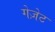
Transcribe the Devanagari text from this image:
गेज़ेट